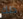
ذلك